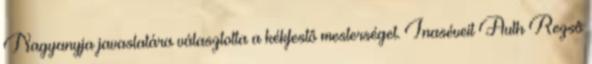
Nagyanyja javaslatára választotta a kékfestô mesterséget. Inaséveit Auth Rezsô